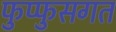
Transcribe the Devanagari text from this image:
फुप्फुसगत